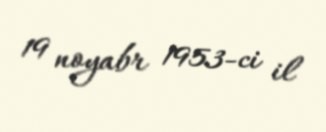
19 noyabr 1953-ci il